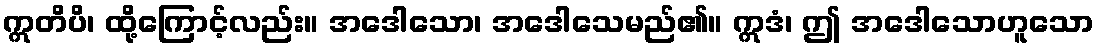
ဣတိပိ၊ ထို့ကြောင့်လည်း။ အဒေါသော၊ အဒေါသေမည်၏။ ဣဒံ၊ ဤ အဒေါသောဟူသော